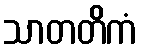
သာတတိကံ